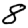
Digit: 8